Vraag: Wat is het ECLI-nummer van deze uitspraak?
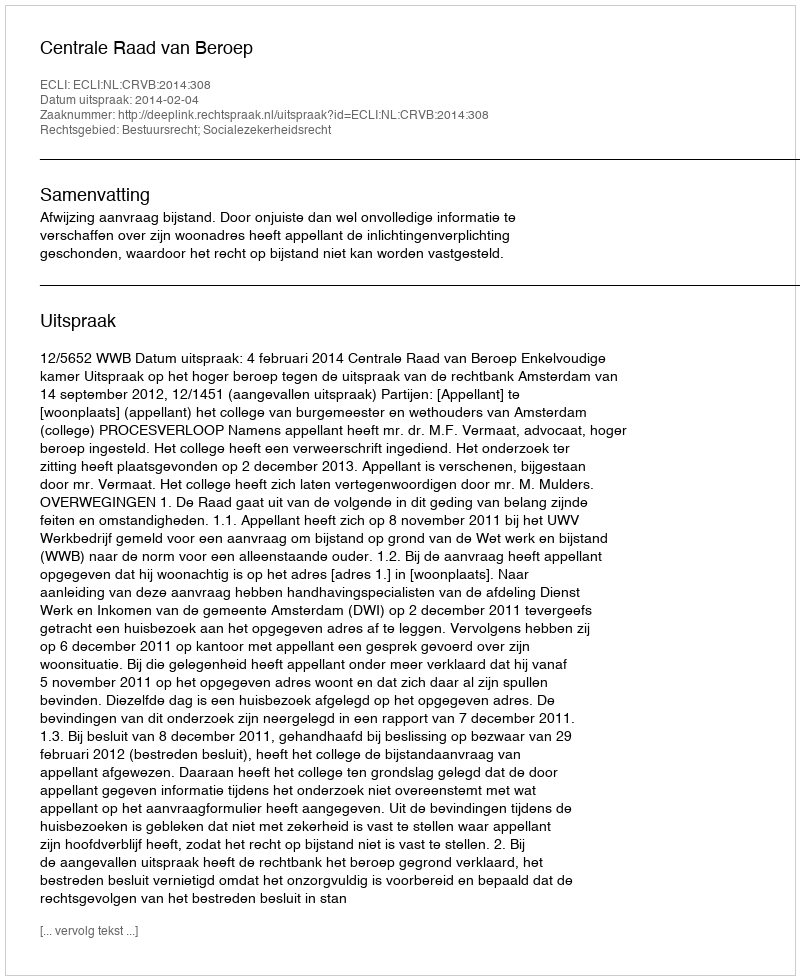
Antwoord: ECLI:NL:CRVB:2014:308